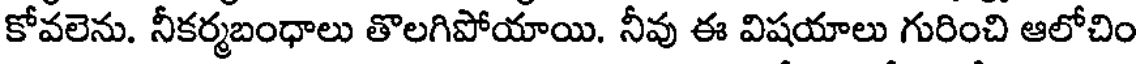
కోవలెను. నీకర్మబంధాలు తొలగిపోయాయి. నీవు ఈ విషయాలు గురించి ఆలోచిం